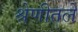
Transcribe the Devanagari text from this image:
श्रेणीतले